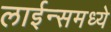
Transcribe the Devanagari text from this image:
लाईन्समध्ये